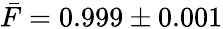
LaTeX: \bar{F}=0.999\pm 0.001